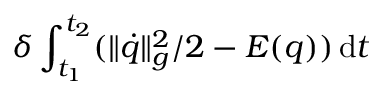
\delta \int _ { t _ { 1 } } ^ { t _ { 2 } } ( \| \dot { q } \| _ { g } ^ { 2 } / 2 - E ( q ) ) \, \mathrm { d } t